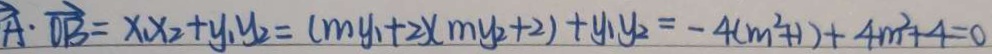
\overrightarrow { A } \cdot \overrightarrow { O B } = x _ { 1 } x _ { 2 } + y _ { 1 } y _ { 2 } = ( m y _ { 1 } + 2 ) ( m y _ { 2 } + 2 ) + y _ { 1 } y _ { 2 } = - 4 ( m ^ { 2 } + 1 ) + 4 m ^ { 2 } + 4 = 0